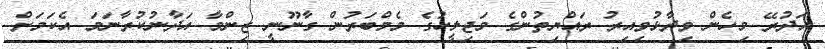
އަދުރޭ މިހެން ވިދާޅުވިއިރު ރައްޔިތުންގެ މަޖިލީހުގެ މެމްބަރުން ގާނޫނީ ޒިންމާ އަދާނުކުރާނަމަ އެކަމަށް